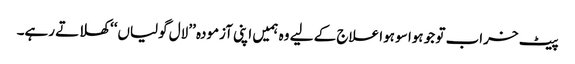
پیٹ خراب تو جو ہوا سو ہوا علاج کے لیے وہ ہمیں اپنی آزمودہ ’’لال گولیاں‘‘ کھلاتے رہے۔